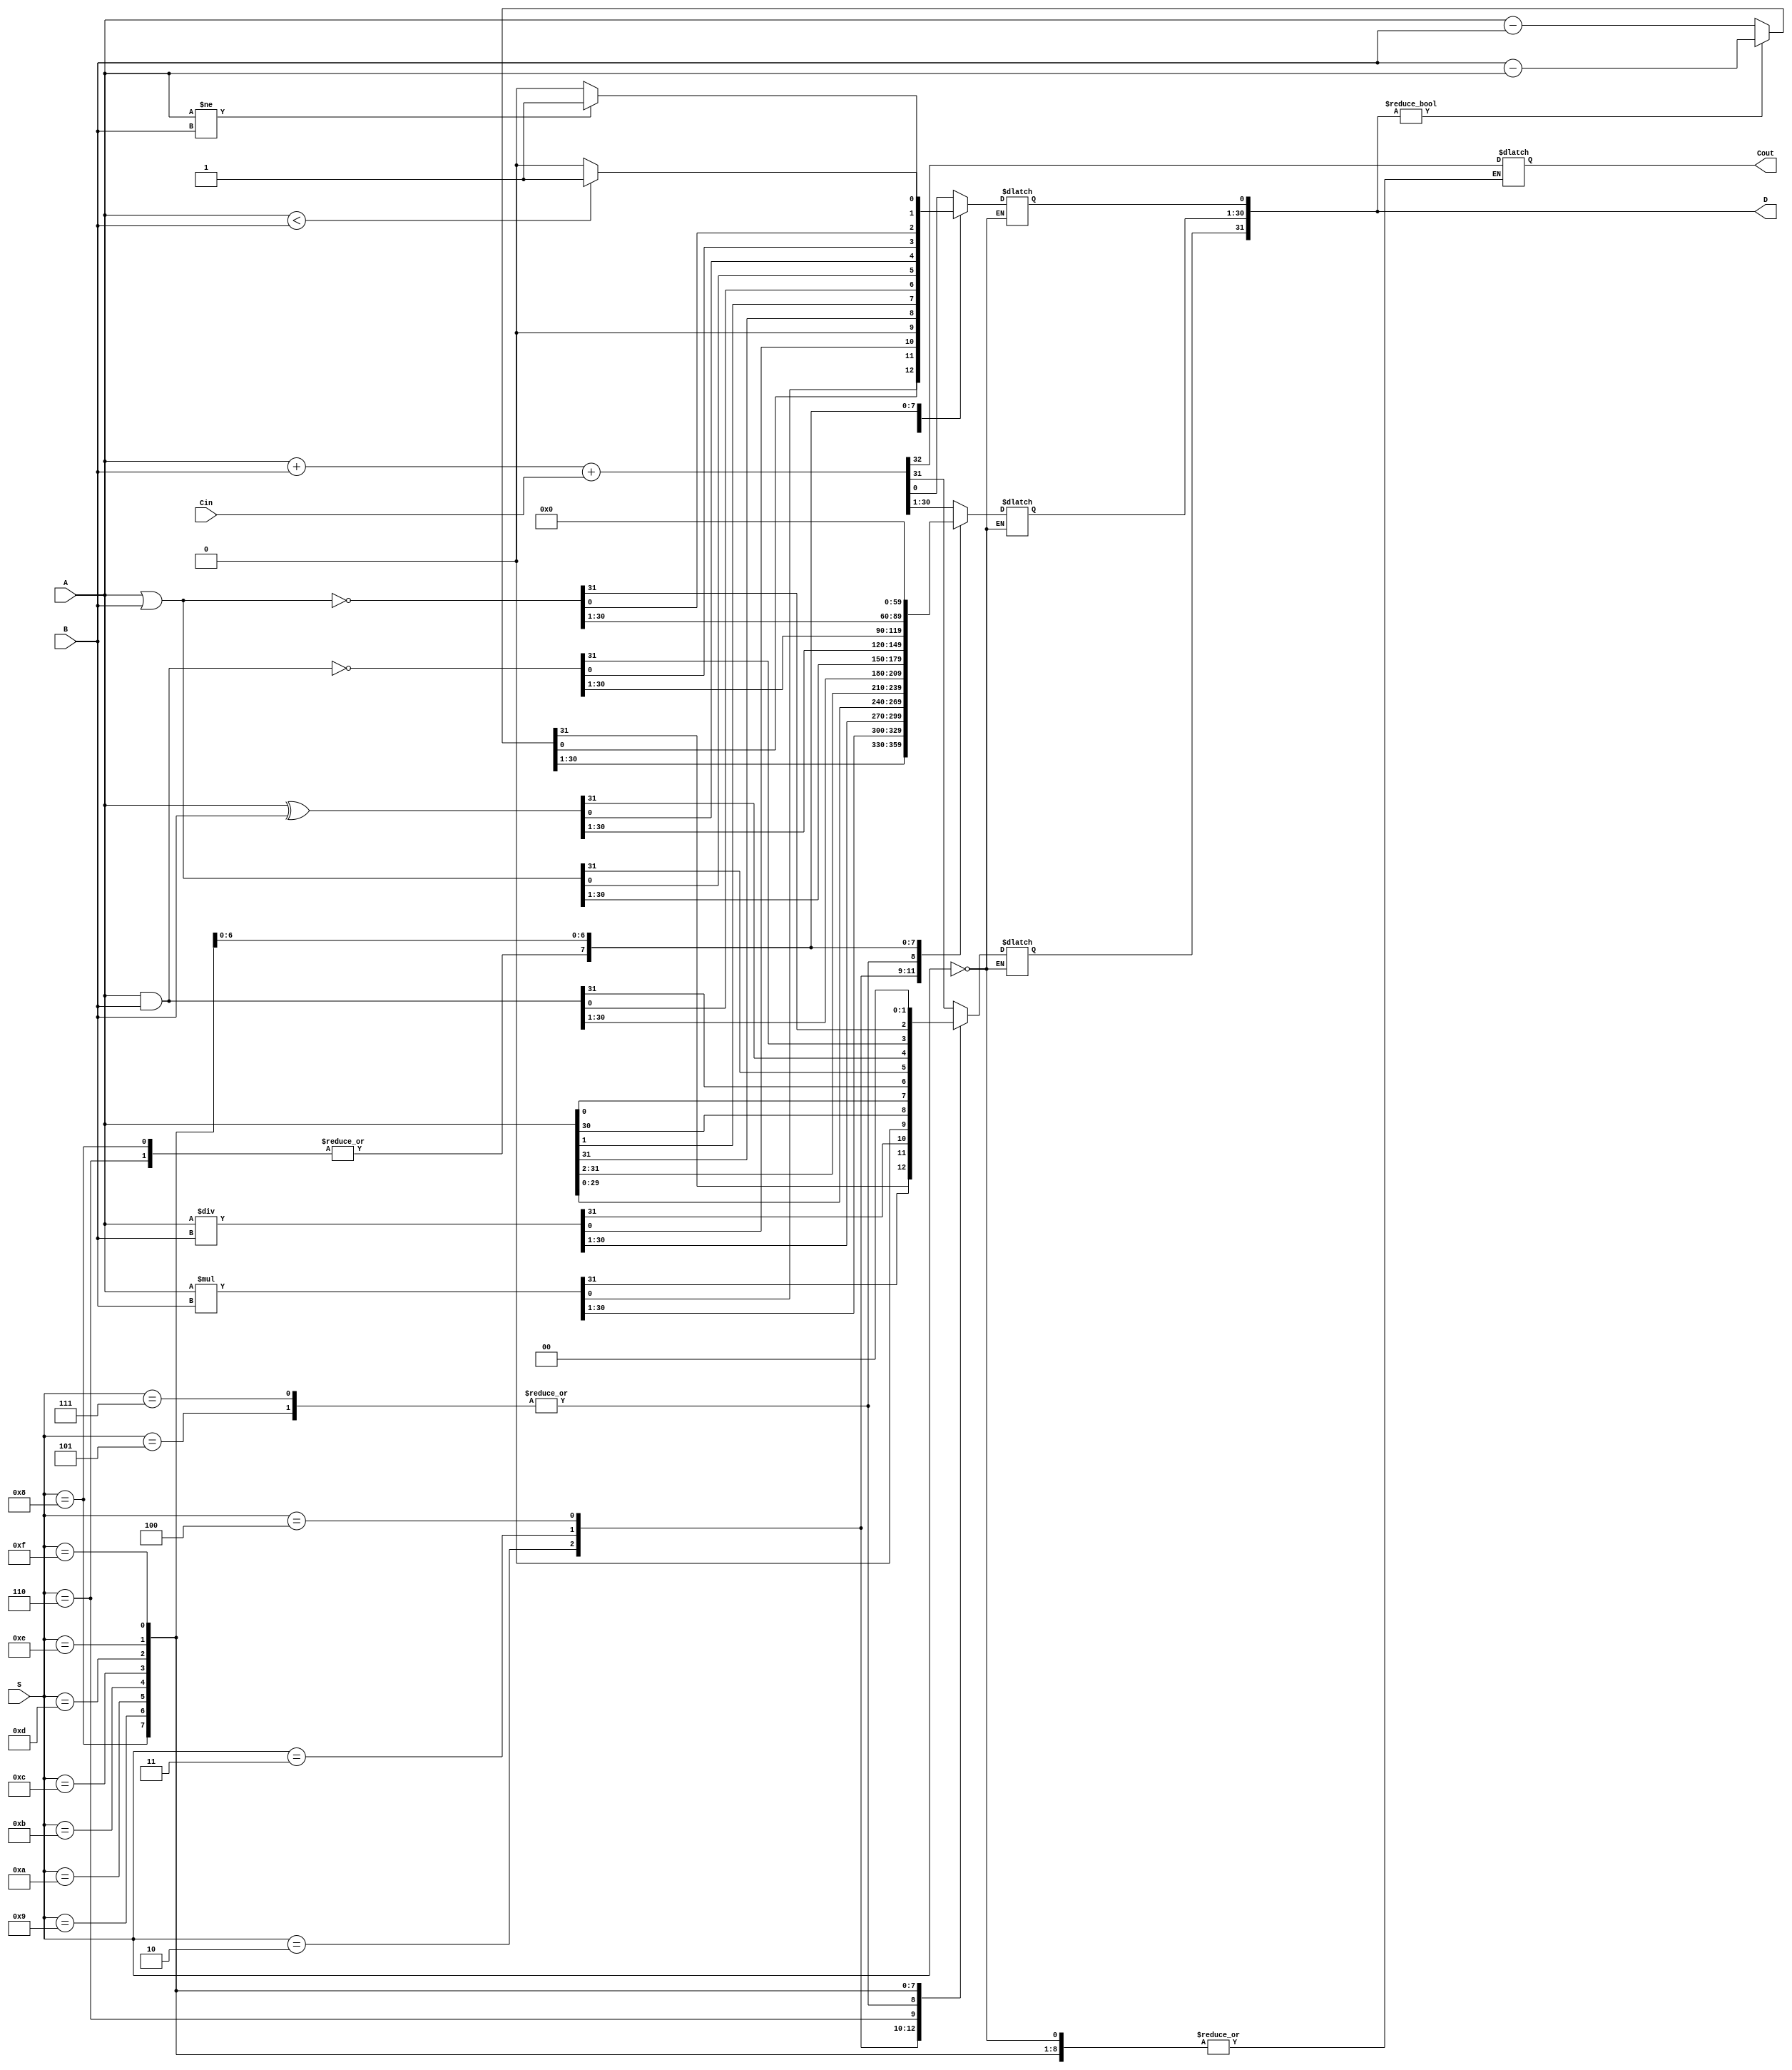
module alu
(input [31:0] A, B, input [3:0] S, input Cin, output [31:0] D, output Cout);

  reg [31:0] D;
  reg Cout=0;
  
  always@(*)
  case(S)
    4'b0000: ;
    4'b0001: {Cout,D} = A+B+Cin;
    4'b0010:   // modified for GCD!
      if(D)
        D = B-A;
      else
        D = A-B;
    4'b0011: D = A*B;
    4'b0100: D = A/B;
    4'b0101: begin 
      D[31:1] = A[30:0]; D[0] = 0;
      end
    4'b0110: begin
      D[30:0] = A[31:1]; D[31] =0;
      end
    4'b0111: begin
      D[31:1] = A[30:0]; D[0] = A[31];
      end
    4'b1000: begin
      D[30:0] = A[31:1]; D[31] = A[0];
      end
    4'b1001: D = A&B;
    4'b1010: D = A|B;
    4'b1011: D = A^B;
    4'b1100: D = ~(A&B);
    4'b1101: D = ~(A|B);
    4'b1110: D = (A<B)?1:0;
    4'b1111: D = (A!=B)?1:0;
  endcase

endmodule